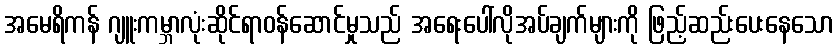
အမေရိကန် ဂျူးကမ္ဘာလုံးဆိုင်ရာဝန်ဆောင်မှုသည် အရေးပေါ်လိုအပ်ချက်များကို ဖြည့်ဆည်းပေးနေသော